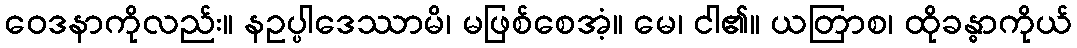
ဝေဒနာကိုလည်း။ နဥပ္ပါဒေဿာမိ၊ မဖြစ်စေအံ့။ မေ၊ ငါ၏။ ယတြာစ၊ ထိုခန္ဓာကိုယ်